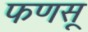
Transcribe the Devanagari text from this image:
फणसू